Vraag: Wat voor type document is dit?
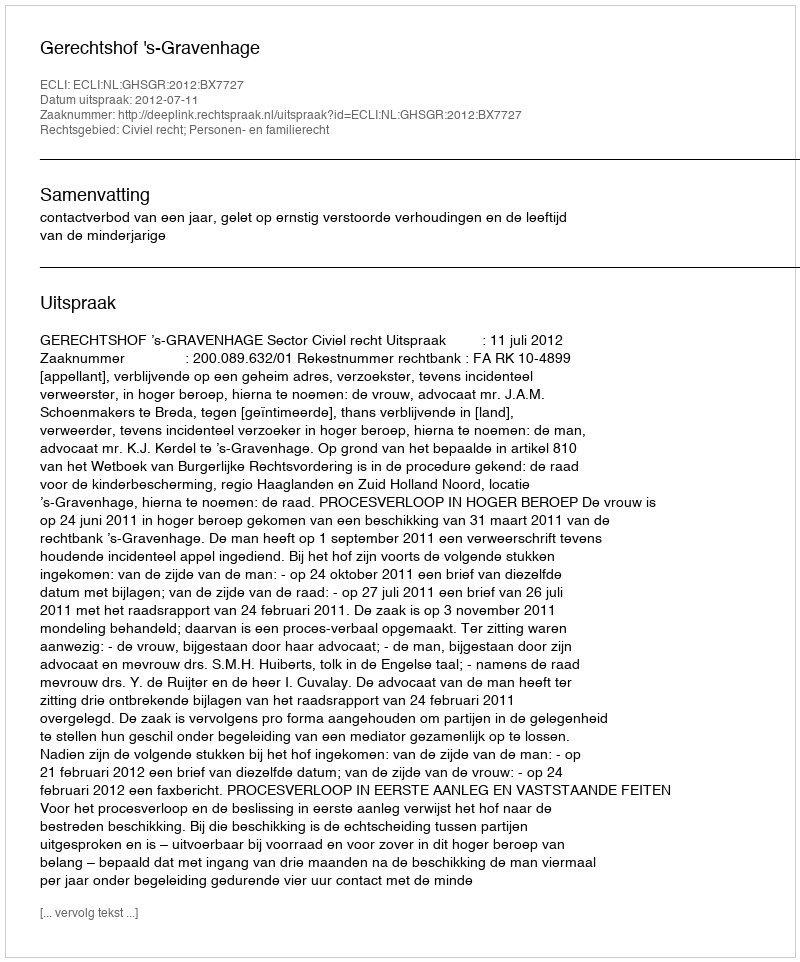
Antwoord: Uitspraak